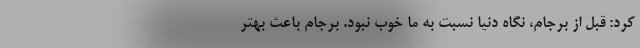
کرد: قبل از برجام، نگاه دنیا نسبت به ما خوب نبود. برجام باعث بهتر